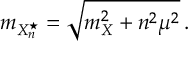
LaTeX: m _ { X _ { n } ^ { \star } } = \sqrt { m _ { X } ^ { 2 } + n ^ { 2 } \mu ^ { 2 } } \, .